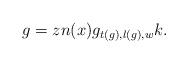
LaTeX: \begin{align*}g=zn(x) g_{t(g),l(g),w}k. \end{align*}